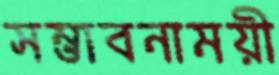
সম্ভাবনাময়ী